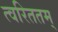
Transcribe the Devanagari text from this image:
त्वरिततम्